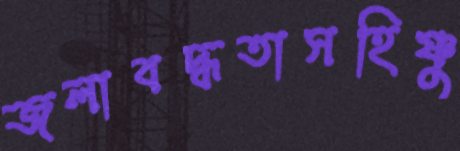
জলাবদ্ধতাসহিষ্ণু